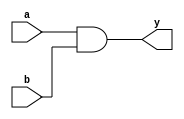
`timescale 1ns / 1ps
//////////////////////////////////////////////////////////////////////////////////
// Company: 
// Engineer: 
// 
// Design Name: 
// Module Name:    AND 
// Project Name: 
// Target Devices: 
// Tool versions: 
// Description: 
//
// Dependencies: 
//
// Revision: 
// Revision 0.01 - File Created
// Additional Comments: 
//
//////////////////////////////////////////////////////////////////////////////////
module AND(
input a,
input b,
output y
 );
assign y=a&b;
endmodule